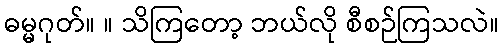
ဓမ္မဂုတ်။ ။ သိကြတော့ ဘယ်လို စီစဉ်ကြသလဲ။